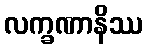
လက္ခဏာနိဿ